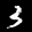
Label: 3